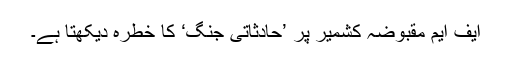
ایف ایم مقبوضہ کشمیر پر ’حادثاتی جنگ‘ کا خطرہ دیکھتا ہے۔